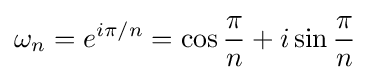
\omega _{n}=e^{i\pi /n}=\cos {\frac {\pi }{n}}+i\sin {\frac {\pi }{n}}